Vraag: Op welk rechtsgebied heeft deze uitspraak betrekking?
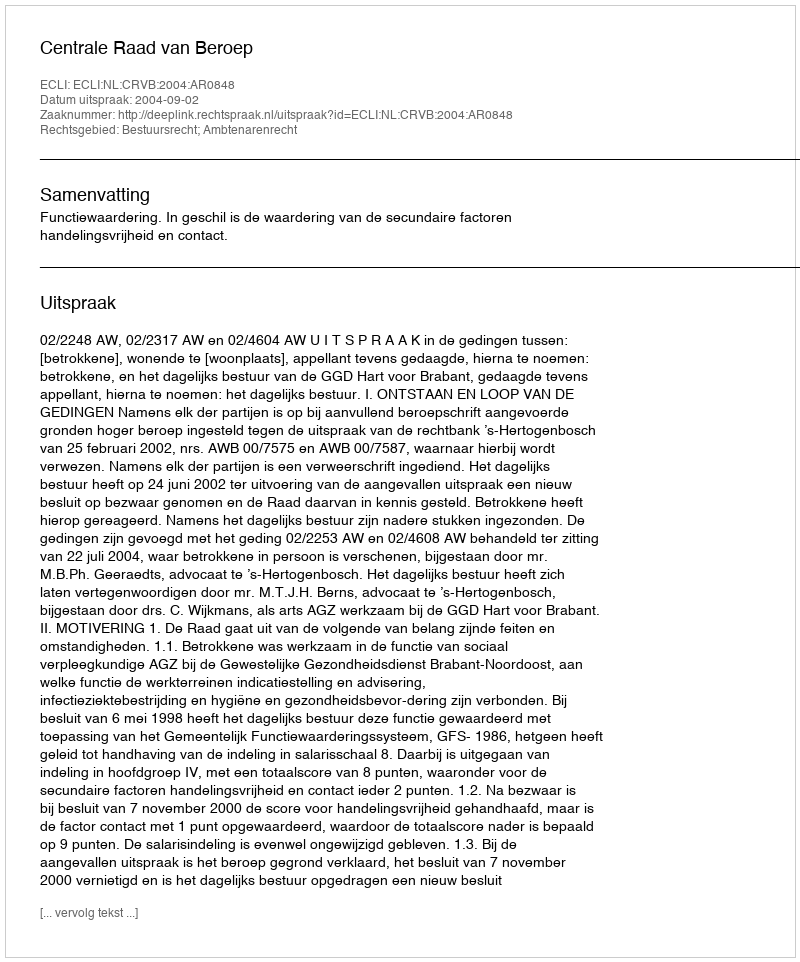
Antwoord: Bestuursrecht; Ambtenarenrecht